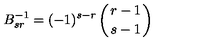
B _ { s r } ^ { - 1 } = ( - 1 ) ^ { s - r } \left( r - 1 \atop { s - 1 } \right)